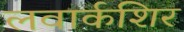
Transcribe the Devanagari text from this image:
लवार्कशिर